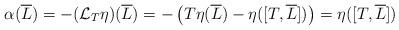
LaTeX: \begin{align*}\alpha(\overline{L}) =-(\mathcal{L}_T\eta)(\overline{L}) = -\left(T\eta(\overline{L})-\eta([T,\overline{L}])\right)= \eta([T,\overline{L}])\;\end{align*}